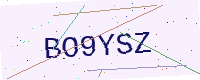
Text: BO9YSZ